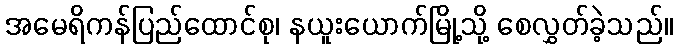
အမေရိကန်ပြည်ထောင်စု၊ နယူးယောက်မြို့သို့ စေလွှတ်ခဲ့သည်။